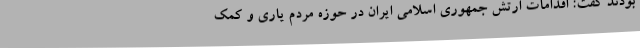
بودند گفت: اقدامات ارتش جمهوری اسلامی ایران در حوزه مردم یاری و کمک